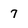
Character: 7